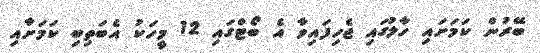
ބޭރުން ކަމަށައި ހާލުގައި ޖެހިފައިވާ އެ ބޯޓްގައި 12 މީހަކު އެބަތިބި ކަމަށާއި